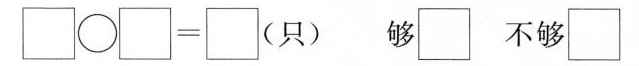
$$\Box \circ \Box = \Box$$ （只） 够\Box 不够\Box